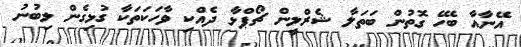
އޭނާއާ ބެހޭ ގޮތުން ބަތަލާ ޝެރްލީން ޗޯޕްޅާ ދެއްކި ވާހަކަތަކާ ގުޅިގެން ލިބުނު